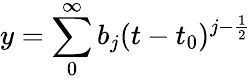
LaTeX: y=\sum_{0}^{\infty}b_{j}(t-t_{0})^{j-\frac{1}{2}}